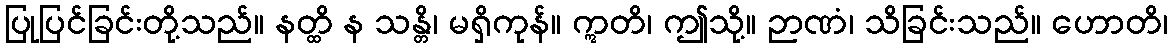
ပြုပြင်ခြင်းတို့သည်။ နတ္ထိ န သန္တိ၊ မရှိကုန်။ ဣတိ၊ ဤသို့။ ဉာဏံ၊ သိခြင်းသည်။ ဟောတိ၊